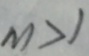
m > 1